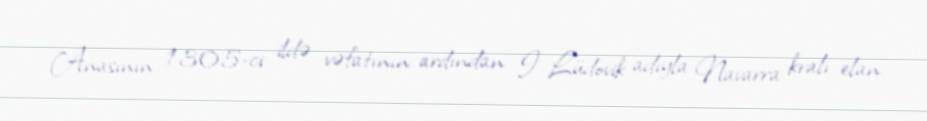
Anasının 1305-ci ildə vəfatının ardından I Lüdovik adıyla Navarra kralı elan